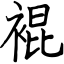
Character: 裩